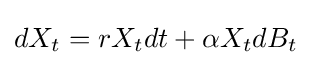
{\textstyle dX_{t}=rX_{t}dt+\alpha X_{t}dB_{t}}